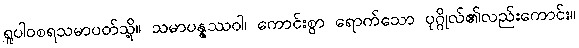
ရူပါဝစရသမာပတ်သို့။ သမာပန္နဿဝါ၊ ကောင်းစွာ ရောက်သော ပုဂ္ဂိုလ်၏လည်းကောင်း။